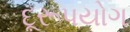
દૂરૂપયોગ